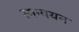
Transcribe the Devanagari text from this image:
स्मन्वयन